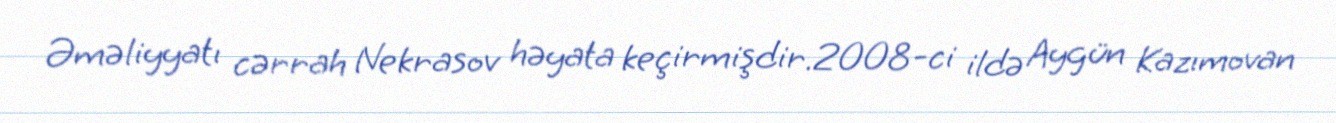
Əməliyyatı cərrah Nekrasov həyata keçirmişdir.2008-ci ildə Aygün Kazımovan